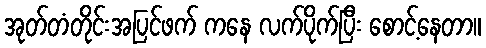
အုတ်တံတိုင်းအပြင်ဖက် ကနေ လက်ပိုက်ပြီး စောင့်နေတာ။